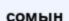
сомын